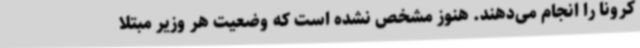
کرونا را انجام می‌دهند. هنوز مشخص نشده است که وضعیت‌ هر وزیر مبتلا